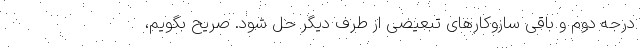
درجه دوم و باقی سازوکارهای تبعیضی از طرف دیگر حل شود. صریح بگویم،